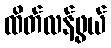
ထိတ်လန့်ဖွယ်